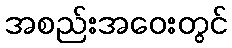
အစည်းအဝေးတွင်